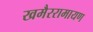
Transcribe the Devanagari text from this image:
खमैररामायण